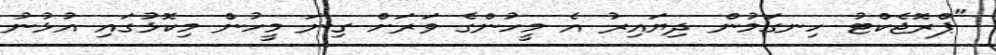
"ޕްރޮޖެކްޓު ހިނގަމުން ދިޔައިރު އެ މީހުންގެ ވަރަށް ގިނަ މީހުން މިކޮޅުގައި އުޅުނު